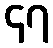
၄၇